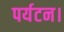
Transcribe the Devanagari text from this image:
पर्यटन।